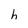
Character: h